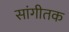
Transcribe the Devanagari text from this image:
सांगीतक